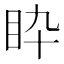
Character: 𥄌